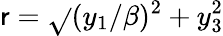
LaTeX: \mathsf{r}=\sqrt{}{{(y_{1}/\beta)^{2}+y_{3}^{2}}}